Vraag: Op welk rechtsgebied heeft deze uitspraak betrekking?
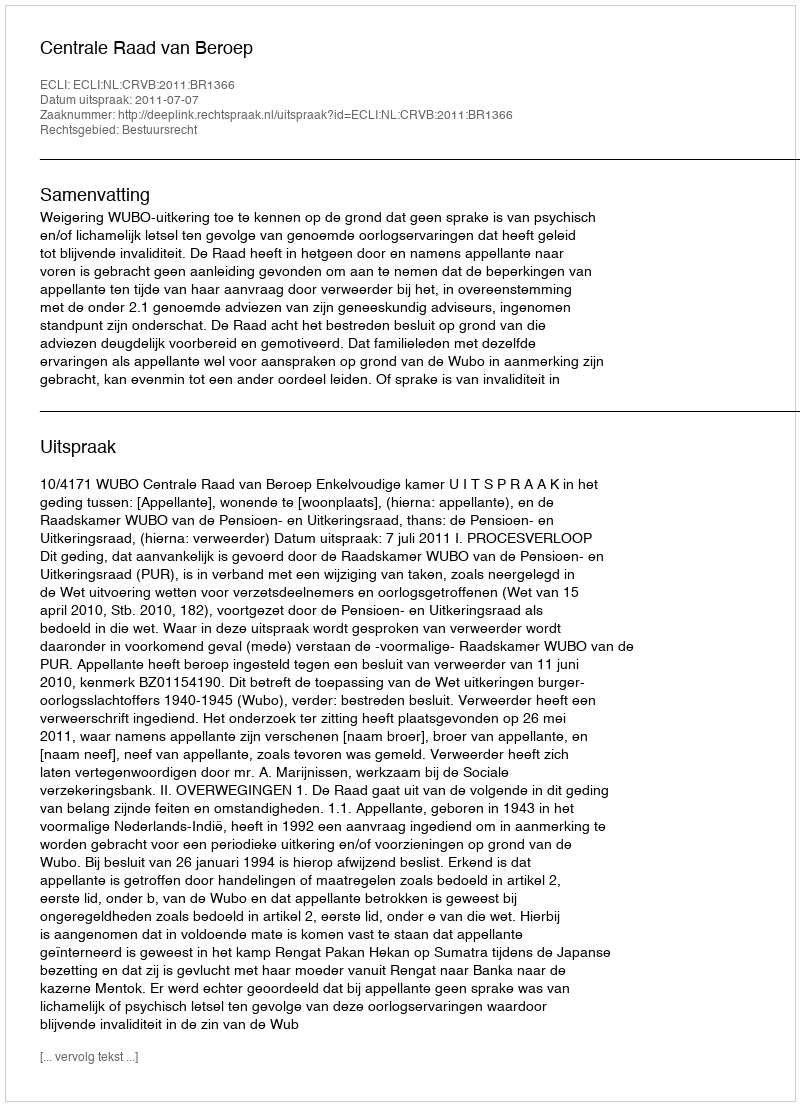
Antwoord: Bestuursrecht